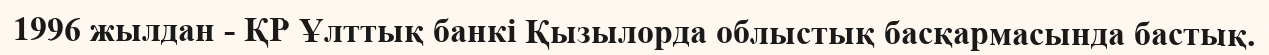
1996 жылдан - ҚР Ұлттық банкі Қызылорда облыстық басқармасында бастық.